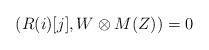
LaTeX: \begin{align*} \,(R(i)[j],W\otimes M(Z))=0\end{align*}